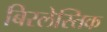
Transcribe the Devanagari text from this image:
बिरलेस्तिक